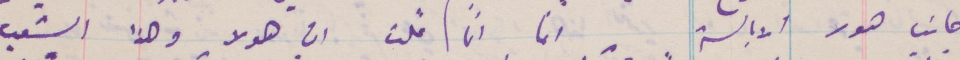
جانب ضوت الابالسة. انما انا قلت ان هولا. وهذا الشعب